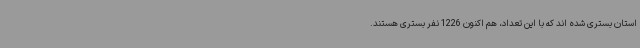
استان بستری شده اند که با این تعداد، هم اکنون 1226 نفر بستری هستند.